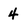
Character: 4